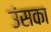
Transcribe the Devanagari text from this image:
उंसका